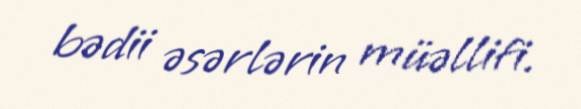
bədii əsərlərin müəllifi.